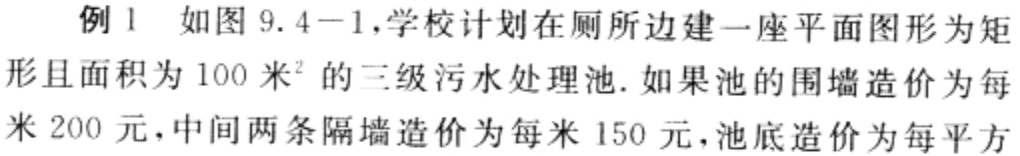
例1 如图9.4 - 1，学校计划在厕所边建一座平面图形为矩

形且面积为100米²的三级污水处理池. 如果池的围墙造价为每

米200元，中间两条隔墙造价为每米150元，池底造价为每平方